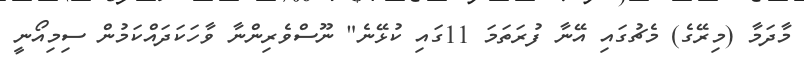
މާދަމާ (މިރޭގެ) މެޗުގައި އޭނާ ފުރަތަމަ 11ގައި ކުޅޭނެ" ނޫސްވެރިންނާ ވާހަކަދައްކަމުން ސިމިއޯނީ